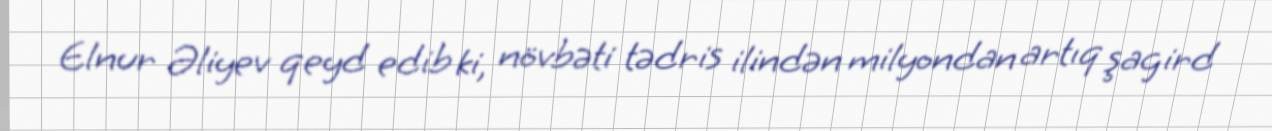
Elnur Əliyev qeyd edib ki, növbəti tədris ilindən milyondan artıq şagird